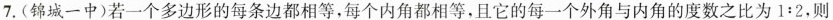
7.(锦城一中)若一个多边形的每条边都相等，每个内角都相等，且它的每一个外角与内角的度数之比为$$1 : 2$$，则